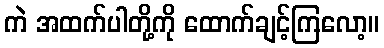
ကဲ အထက်ပါတို့ကို ထောက်ချင့်ကြလော့။